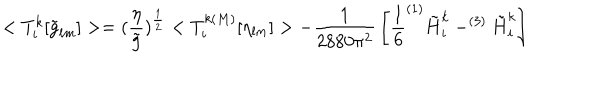
< T _ { i } ^ { k } [ \tilde { g } _ { l m } ] > = ( \frac { \eta } { \tilde { g } } ) ^ { \frac { 1 } { 2 } } < T _ { i } ^ { k ( M ) } [ \eta _ { l m } ] > - { \frac { 1 } { 2 8 8 0 \pi ^ { 2 } } } \left[ { \frac { 1 } { 6 } } ^ { ( 1 ) } \tilde { H } _ { i } ^ { k } - ^ { ( 3 ) } \tilde { H } _ { i } ^ { k } \right]